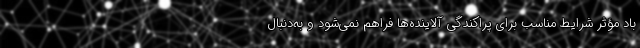
باد مؤثر شرایط مناسب برای پراکندگی آلاینده‌ها فراهم نمی‌شود و به‌دنبال